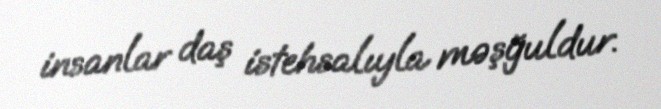
insanlar daş istehsalıyla məşğuldur.